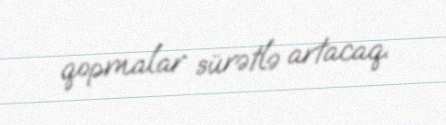
qopmalar sürətlə artacaq.